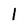
Character: 1